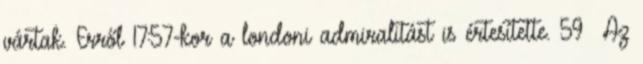
vártak. Erről 17:57-kor a londoni admiralitást is értesítette. 59 Az